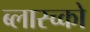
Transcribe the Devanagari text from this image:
ब्लास्च्को